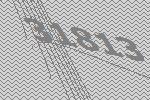
31813